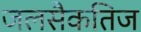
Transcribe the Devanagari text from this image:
जलसैकतिज